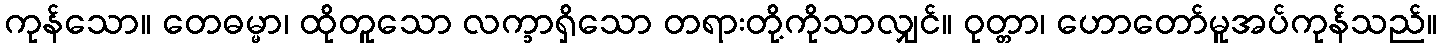
ကုန်သော။ တေဓမ္မာ၊ ထိုတူသော လက္ခာရှိသော တရားတို့ကိုသာလျှင်။ ဝုတ္တာ၊ ဟောတော်မူအပ်ကုန်သည်။